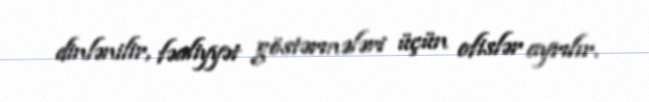
dinlənilir, fəaliyyət göstərmələri üçün ofislər ayrılır.